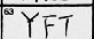
Transcription: YFT